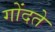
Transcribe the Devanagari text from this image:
गोंदते